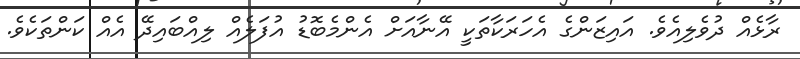
ރާޅެއް ދުވެލިއެވެ. އައިޒަންގެ އެހަރަކާތަކީ އޭނާއަށް އެންމެބޮޑު އުފަލެއް ލިއްބައިދޭ އެއް ކަންތަކެވެ.